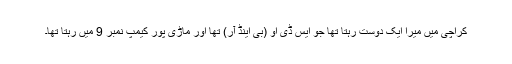
کراچی میں میرا ایک دوست رہتا تھا جو ایس ڈی او (بی اینڈ آر) تھا اور ماڑی پور کیمپ نمبر 9 میں رہتا تھا۔